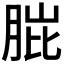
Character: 𮌗